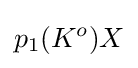
p_{1}(K^{o})X